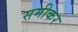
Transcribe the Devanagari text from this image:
समीकर